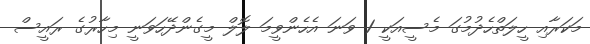
މަކަރާއި ހީލަތްހެދުމުގަ މެސީއަކީ 1 ވަނަ އެހެންވީމަ ލޮލް މީގެންދޭހަވަނީ މިހާރުގެ ރައީސް